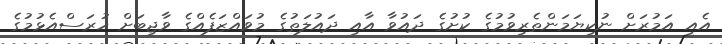
އެއީ އަމުރަށް ނުކިޔަމަންތެރިވުމުގެ ކުށުގެ ދައުވާ އާއި ދައުލަތުގެ މުވައްޒަފެއްގެ ވާޖިބަށް ހުރަސްއެޅުމުގެ